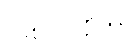
ပါဋလိပုတ္တဿ